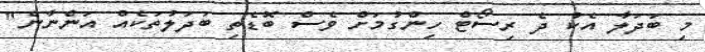
މި ބަދަލާ އެކު ދެ ރިސޯޓް ހިންގުމަށް ވެސް ބޮޑެތި ބަދަލުތަކެއް އަންނާނެ"